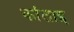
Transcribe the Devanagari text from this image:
कांताइ